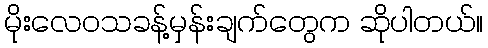
မိုးလေဝသခန့်မှန်းချက်တွေက ဆိုပါတယ်။